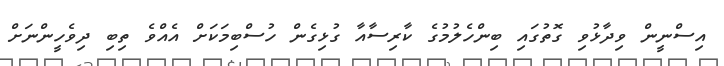
އިސްނީން ވިދާޅުވި ގޮތުގައި ބިންހެލުމުގެ ކާރިސާއާ ގުޅިގެން ހުސްބިމަކަށް އެއްވެ ތިބި ދިވެހީންނަށް